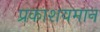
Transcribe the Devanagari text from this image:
प्रकाशयमान